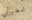
شطيرتي